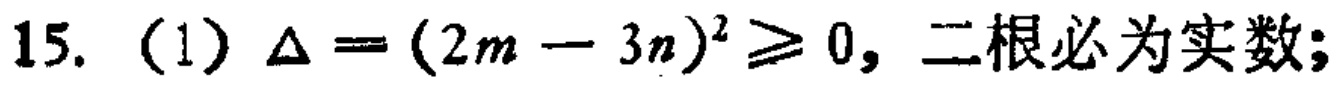
15. (1) \(\Delta=(2m - 3n)^2\geq0\), 二根必为实数;